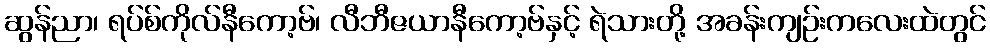
ဆွန်ညာ၊ ရပ်စ်ကိုလ်နီကော့ဗ်၊ လီဘီဇယာနီကော့ဗ်နှင့် ရဲသားတို့ အခန်းကျဉ်းကလေးထဲတွင်